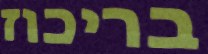
בריכוז